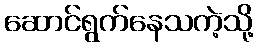
ဆောင်ရွက်နေသကဲ့သို့